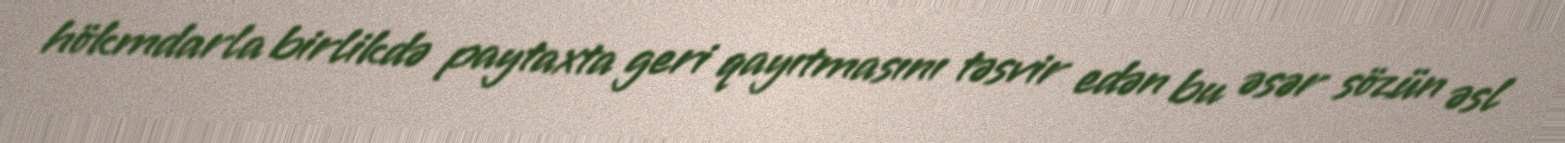
hökmdarla birlikdə paytaxta geri qayıtmasını təsvir edən bu əsər sözün əsl